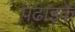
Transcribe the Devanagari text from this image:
पढाइके